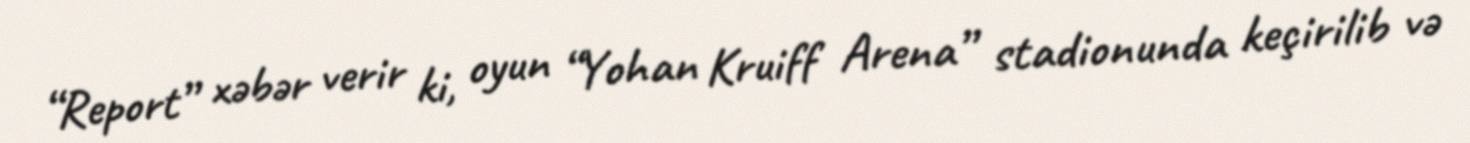
“Report” xəbər verir ki, oyun “Yohan Kruiff Arena” stadionunda keçirilib və